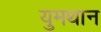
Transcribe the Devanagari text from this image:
युमथान